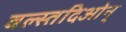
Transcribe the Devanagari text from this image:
वल्स्तदिओन्